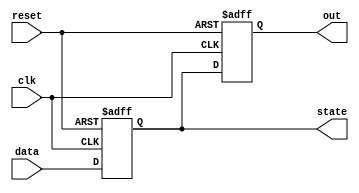
module behavioral_model (
    input wire clk,         // Clock input
    input wire reset,       // Asynchronous reset
    input wire [3:0] data,  // Input data
    output reg [3:0] state, // State register
    output reg [3:0] out    // Output register
);

// Sequential logic using non-blocking assignments
always @(posedge clk or posedge reset) begin
    if (reset) begin
        // Asynchronous reset
        state <= 4'b0000; // Reset state
        out <= 4'b0000;   // Reset output
    end else begin
        // Concurrent execution of non-blocking assignments
        state <= data;    // Update state with input data
        out <= state;     // Reflect current state in output
    end
end

endmodule